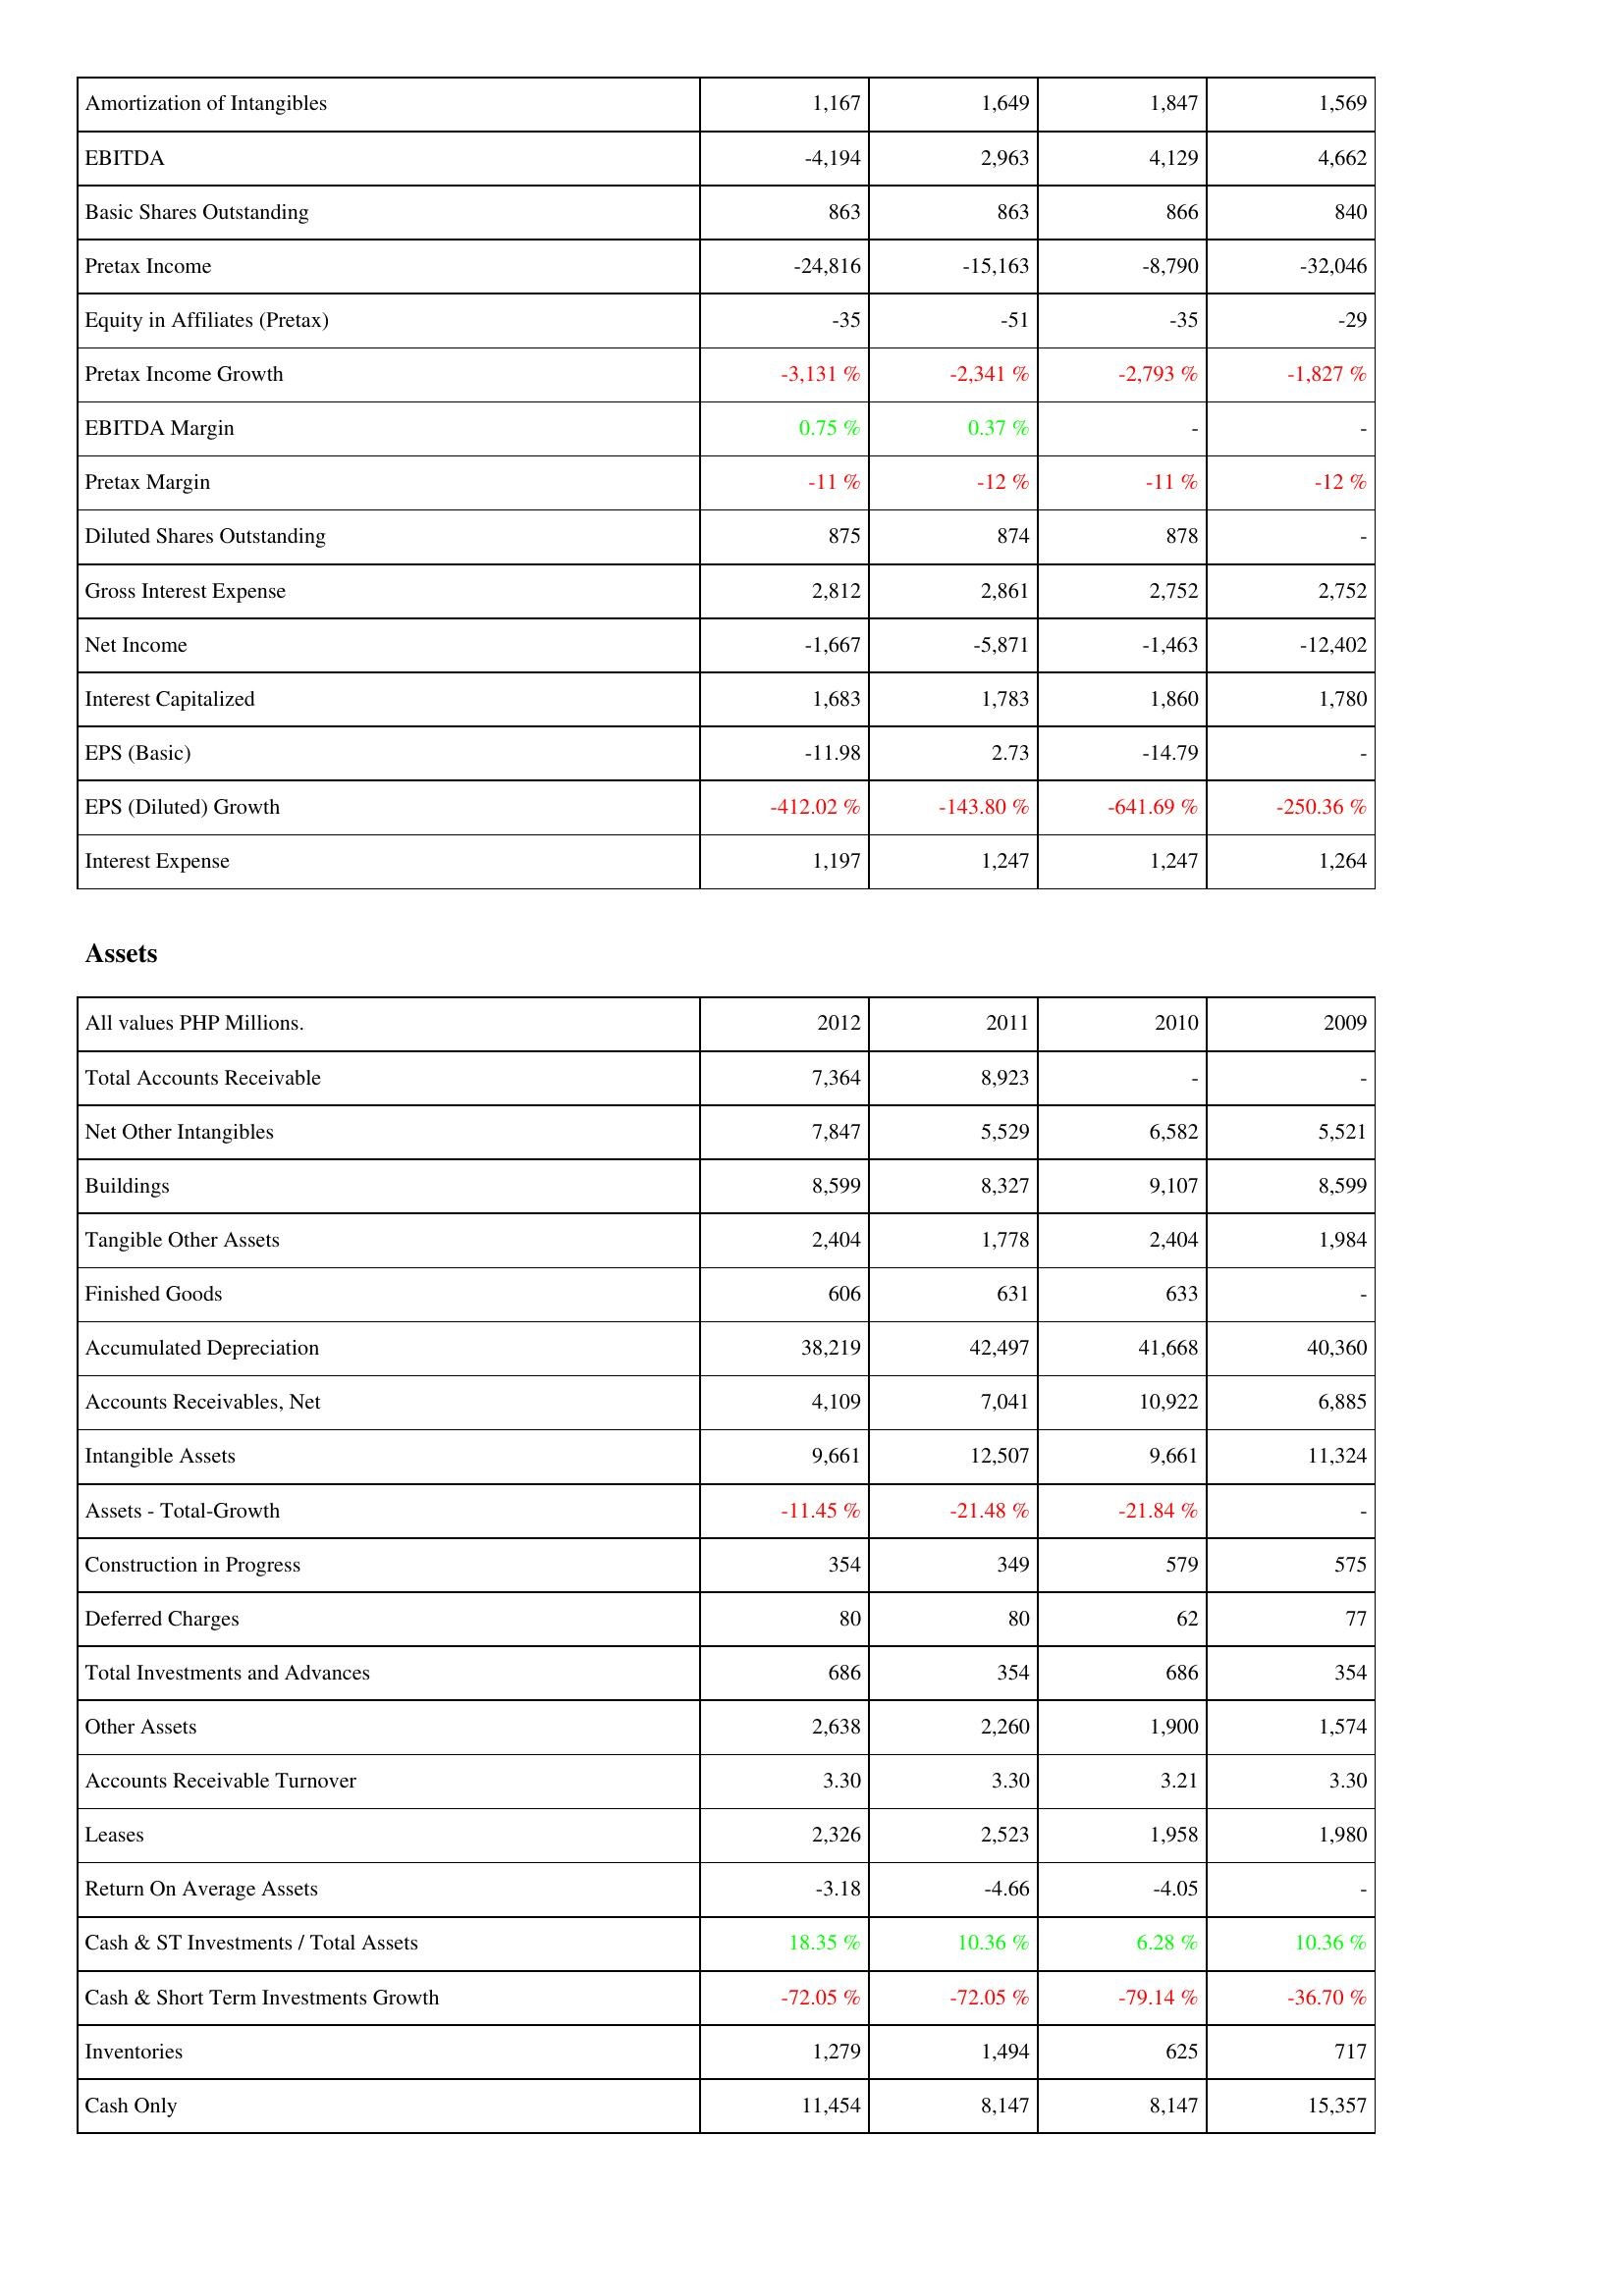
2012: Income Statement: Amortization of Intangibles: 1,167
EBITDA: -4,194
Basic Shares Outstanding: 863
Pretax Income: -24,816
Equity in Affiliates (Pretax): -35
Pretax Income Growth: -3,131 %
EBITDA Margin: 0.75 %
Pretax Margin: -11 %
Diluted Shares Outstanding: 875
Gross Interest Expense: 2,812
Net Income: -1,667
Interest Capitalized: 1,683
EPS (Basic): -11.98
EPS (Diluted) Growth: -412.02 %
Interest Expense: 1,197
Assets: Total Accounts Receivable: 7,364
Net Other Intangibles: 7,847
Buildings: 8,599
Tangible Other Assets: 2,404
Finished Goods: 606
Accumulated Depreciation: 38,219
Accounts Receivables, Net: 4,109
Intangible Assets: 9,661
Assets - Total-Growth: -11.45 %
Construction in Progress: 354
Deferred Charges: 80
Total Investments and Advances: 686
Other Assets: 2,638
Accounts Receivable Turnover: 3.30
Leases: 2,326
Return On Average Assets: -3.18
Cash & ST Investments / Total Assets: 18.35 %
Cash & Short Term Investments Growth: -72.05 %
Inventories: 1,279
Cash Only: 11,454
2011: Income Statement: Amortization of Intangibles: 1,649
EBITDA: 2,963
Basic Shares Outstanding: 863
Pretax Income: -15,163
Equity in Affiliates (Pretax): -51
Pretax Income Growth: -2,341 %
EBITDA Margin: 0.37 %
Pretax Margin: -12 %
Diluted Shares Outstanding: 874
Gross Interest Expense: 2,861
Net Income: -5,871
Interest Capitalized: 1,783
EPS (Basic): 2.73
EPS (Diluted) Growth: -143.80 %
Interest Expense: 1,247
Assets: Total Accounts Receivable: 8,923
Net Other Intangibles: 5,529
Buildings: 8,327
Tangible Other Assets: 1,778
Finished Goods: 631
Accumulated Depreciation: 42,497
Accounts Receivables, Net: 7,041
Intangible Assets: 12,507
Assets - Total-Growth: -21.48 %
Construction in Progress: 349
Deferred Charges: 80
Total Investments and Advances: 354
Other Assets: 2,260
Accounts Receivable Turnover: 3.30
Leases: 2,523
Return On Average Assets: -4.66
Cash & ST Investments / Total Assets: 10.36 %
Cash & Short Term Investments Growth: -72.05 %
Inventories: 1,494
Cash Only: 8,147
2010: Income Statement: Amortization of Intangibles: 1,847
EBITDA: 4,129
Basic Shares Outstanding: 866
Pretax Income: -8,790
Equity in Affiliates (Pretax): -35
Pretax Income Growth: -2,793 %
EBITDA Margin: -
Pretax Margin: -11 %
Diluted Shares Outstanding: 878
Gross Interest Expense: 2,752
Net Income: -1,463
Interest Capitalized: 1,860
EPS (Basic): -14.79
EPS (Diluted) Growth: -641.69 %
Interest Expense: 1,247
Assets: Total Accounts Receivable: -
Net Other Intangibles: 6,582
Buildings: 9,107
Tangible Other Assets: 2,404
Finished Goods: 633
Accumulated Depreciation: 41,668
Accounts Receivables, Net: 10,922
Intangible Assets: 9,661
Assets - Total-Growth: -21.84 %
Construction in Progress: 579
Deferred Charges: 62
Total Investments and Advances: 686
Other Assets: 1,900
Accounts Receivable Turnover: 3.21
Leases: 1,958
Return On Average Assets: -4.05
Cash & ST Investments / Total Assets: 6.28 %
Cash & Short Term Investments Growth: -79.14 %
Inventories: 625
Cash Only: 8,147
2009: Income Statement: Amortization of Intangibles: 1,569
EBITDA: 4,662
Basic Shares Outstanding: 840
Pretax Income: -32,046
Equity in Affiliates (Pretax): -29
Pretax Income Growth: -1,827 %
EBITDA Margin: -
Pretax Margin: -12 %
Diluted Shares Outstanding: -
Gross Interest Expense: 2,752
Net Income: -12,402
Interest Capitalized: 1,780
EPS (Basic): -
EPS (Diluted) Growth: -250.36 %
Interest Expense: 1,264
Assets: Total Accounts Receivable: -
Net Other Intangibles: 5,521
Buildings: 8,599
Tangible Other Assets: 1,984
Finished Goods: -
Accumulated Depreciation: 40,360
Accounts Receivables, Net: 6,885
Intangible Assets: 11,324
Assets - Total-Growth: -
Construction in Progress: 575
Deferred Charges: 77
Total Investments and Advances: 354
Other Assets: 1,574
Accounts Receivable Turnover: 3.30
Leases: 1,980
Return On Average Assets: -
Cash & ST Investments / Total Assets: 10.36 %
Cash & Short Term Investments Growth: -36.70 %
Inventories: 717
Cash Only: 15,357